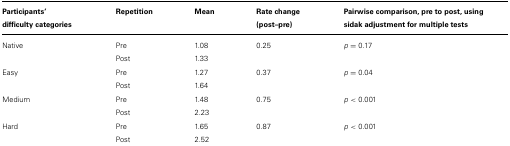
<table><thead><tr><td><b>Participants’ difficulty categories</b></td><td><b>Repetition</b></td><td><b>Mean</b></td><td><b>Rate change (post–pre)</b></td><td><b>Pairwise comparison, pre to post, using sidak adjustment for multiple tests</b></td></tr></thead><tbody><tr><td>Native</td><td>Pre</td><td>1.08</td><td>0.25</td><td><i>p</i> = 0.17</td></tr><tr><td></td><td>Post</td><td>1.33</td><td></td><td></td></tr><tr><td>Easy</td><td>Pre</td><td>1.27</td><td>0.37</td><td><i>p</i> = 0.04</td></tr><tr><td></td><td>Post</td><td>1.64</td><td></td><td></td></tr><tr><td>Medium</td><td>Pre</td><td>1.48</td><td>0.75</td><td><i>p</i> &lt; 0.001</td></tr><tr><td></td><td>Post</td><td>2.23</td><td></td><td></td></tr><tr><td>Hard</td><td>Pre</td><td>1.65</td><td>0.87</td><td><i>p</i> &lt; 0.001</td></tr><tr><td></td><td>Post</td><td>2.52</td><td></td><td></td></tr></tbody></table>